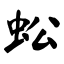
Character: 蚣